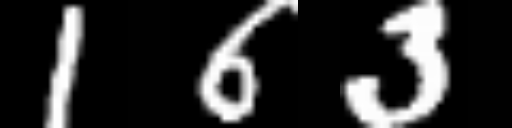
Text: 163